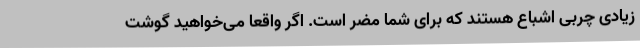
زیادی چربی اشباع هستند که برای شما مضر است. اگر واقعاً می‌خواهید گوشت